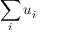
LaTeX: \sum _ { i } u _ { i }